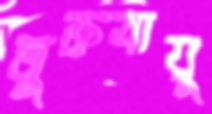
মুক্তবায়ু